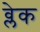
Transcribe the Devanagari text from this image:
व्लेक